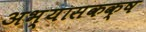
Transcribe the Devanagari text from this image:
अभ्यासकक्ष